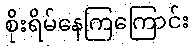
စိုးရိမ်နေကြကြောင်း